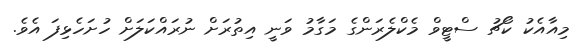
މިއާއެކު ކޯޗު ސްޓީވް މެކްލެރަންގެ މަގާމު ވަނީ އިތުރަށް ނުރައްކަލަށް ހުށަހެޅިފަ އެވެ.